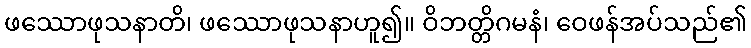
ဖဿောဖုသနာတိ၊ ဖဿောဖုသနာဟူ၍။ ဝိဘတ္တိဂမနံ၊ ဝေဖန်အပ်သည်၏